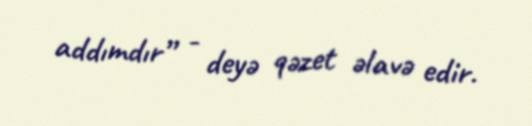
addımdır” - deyə qəzet əlavə edir.